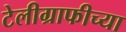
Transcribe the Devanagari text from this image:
टेलीग्राफीच्या